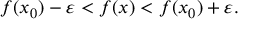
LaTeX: f ( x _ { 0 } ) - \varepsilon < f ( x ) < f ( x _ { 0 } ) + \varepsilon .